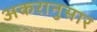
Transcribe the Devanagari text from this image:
अकरानुसार